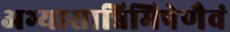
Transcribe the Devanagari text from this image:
अभ्यासान्निमिषेणैवं